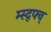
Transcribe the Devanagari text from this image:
म्स्द्फ्व्